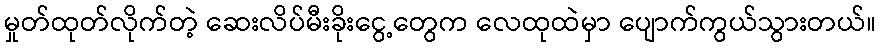
မှုတ်ထုတ်လိုက်တဲ့ ဆေးလိပ်မီးခိုးငွေ့တွေက လေထုထဲမှာ ပျောက်ကွယ်သွားတယ်။